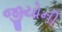
જીયોની